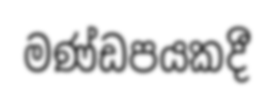
මණ්ඩපයකදී